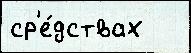
ср'е́дствах